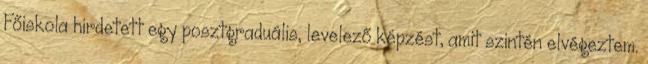
Főiskola hirdetett egy posztgraduális, levelező képzést, amit szintén elvégeztem.